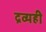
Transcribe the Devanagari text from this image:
द्रव्यही